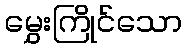
မွှေးကြိုင်သော